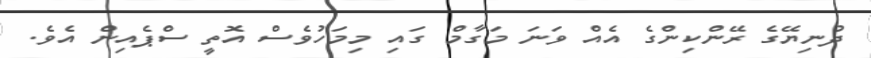
ދުނިޔޭގެ ރޭންކިންގެ އެއް ވަނަ މަގާމް ގައި މިމަހުވެސް އޮތީ ސްޕެއިން އެވެ.